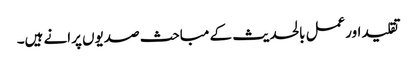
تقلید اورعمل بالحدیث کے مباحث صدیوں پرانے ہیں۔